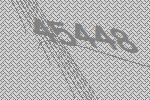
45448